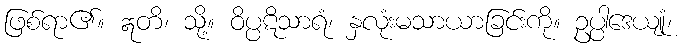
ဖြစ်ရာ၏။ ဣတိ၊ သို့။ ဝိပ္ပဋိသာရံ၊ နှလုံးမသာယာခြင်းကို။ ဥပ္ပါဒေယျုံ၊